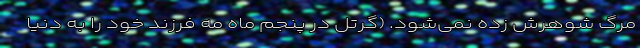
مرگ شوهرش زده نمی‌شود. (گرتل در پنجم ماه مه فرزند خود را به دنیا